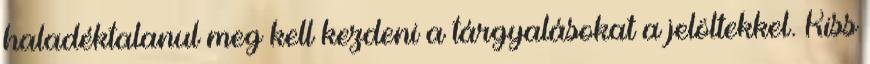
haladéktalanul meg kell kezdeni a tárgyalásokat a jelöltekkel. Kiss